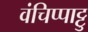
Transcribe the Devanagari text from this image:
वंचिप्पाट्टु